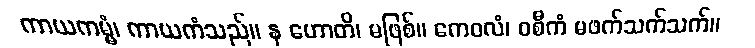
ကာယကမ္မံ၊ ကာယကံသည်။ န ဟောတိ၊ မဖြစ်။ ကေဝလံ၊ ဝစီကံ မဖက်သက်သက်။